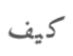
كيف